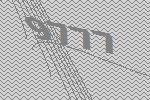
9777